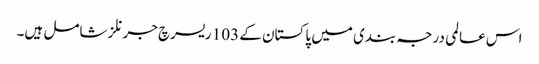
اس عالمی درجہ بندی میں پاکستان کے 103 ریسرچ جرنلز شامل ہیں۔